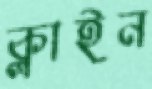
ক্লাইন